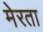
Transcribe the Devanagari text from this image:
मेरता